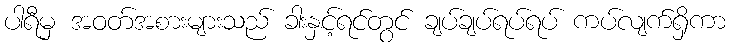
ပါရီမှ အဝတ်အစားများသည် ခါးနှင့်ရင်တွင် ချပ်ချပ်ရပ်ရပ် ကပ်လျက်ရှိကာ